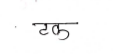
मजकूर: टक